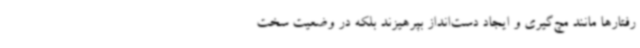
رفتارها مانند مچ‌گیری و ایجاد دست‌انداز بپرهیزند بلکه در وضعیت سخت